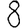
Digit: 8